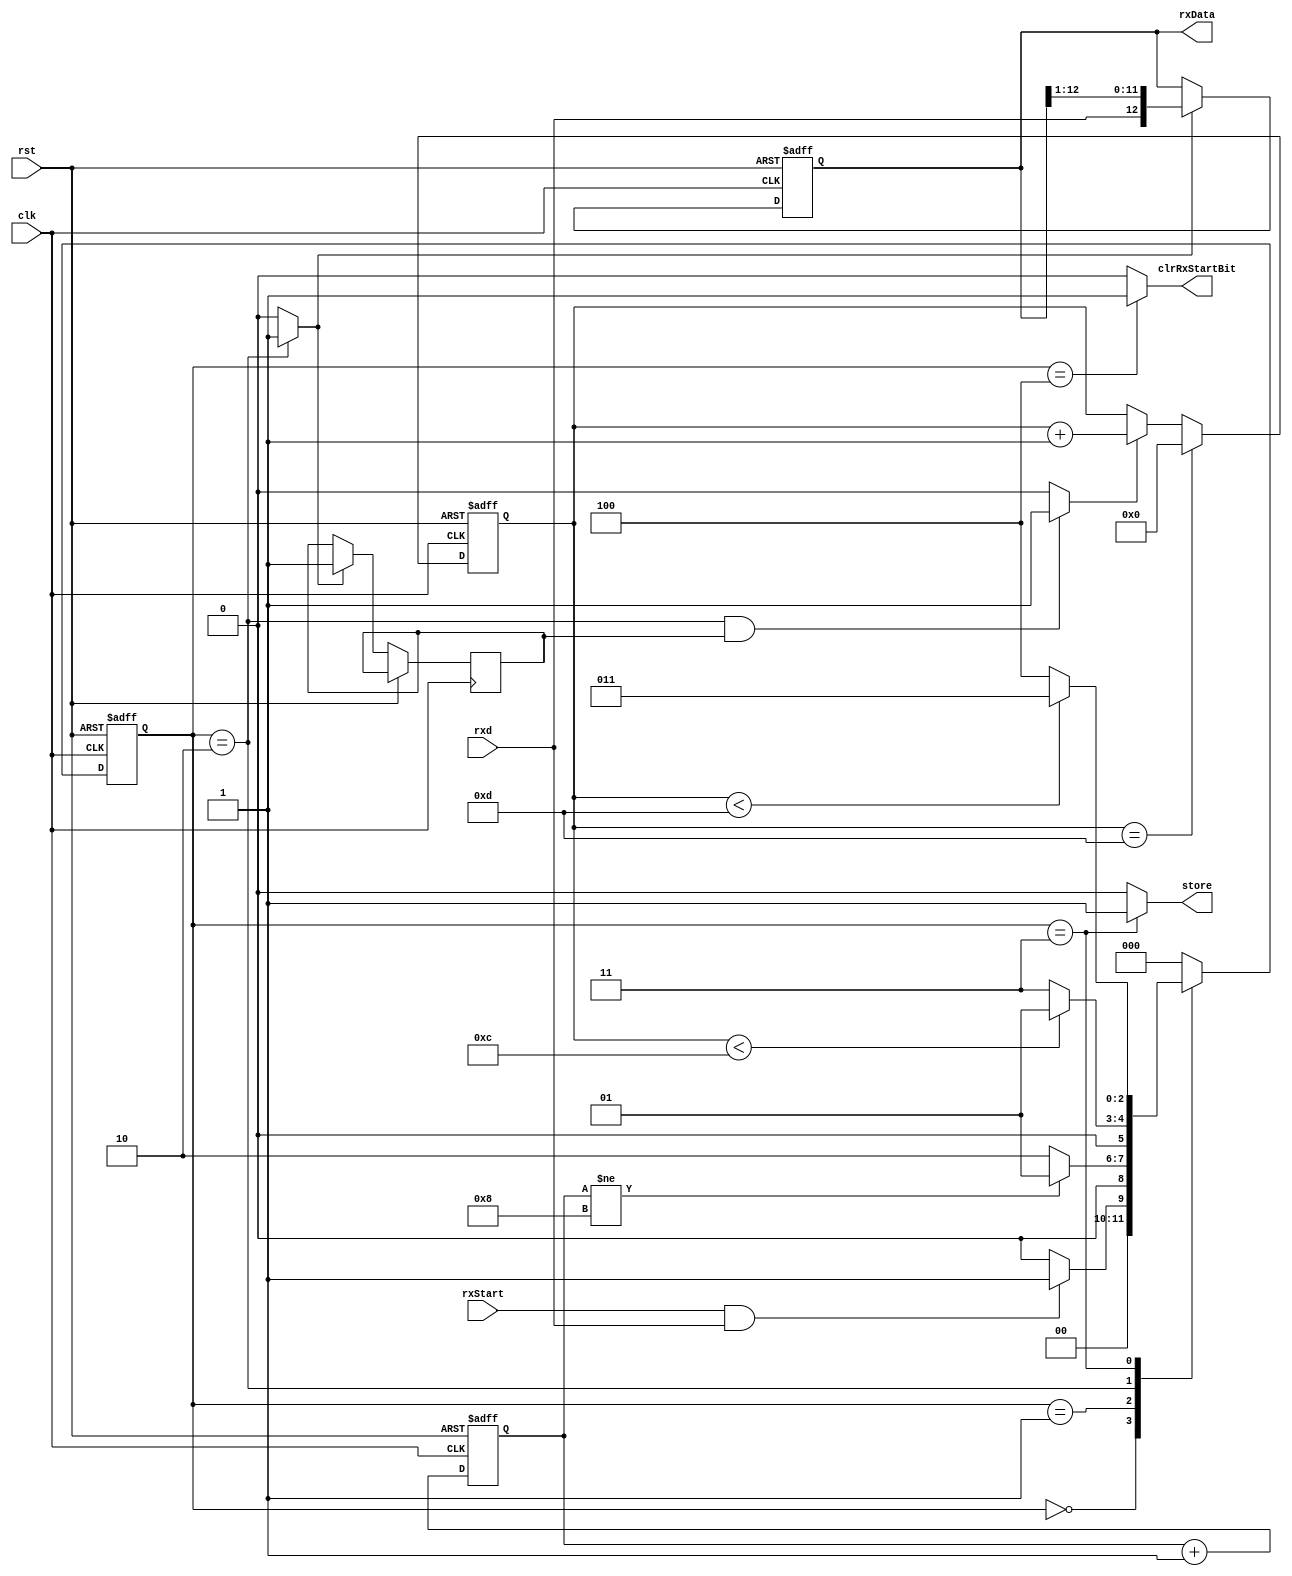
`timescale 1us/100ns
module uart_rx (rxStart, clk, rst, rxd, clrRxStartBit, store, rxData);
input rxd;
input rxStart;
input rst;
input clk;
output [12:0] rxData;
output clrRxStartBit;
output store;
wire rxShiftEn;
wire bitCountEn;
//wire count8en;
wire count16en;
reg [3:0] rxBitCount;
reg [3:0] count16;
//reg [2:0] count8;
reg [12:0] rxShiftReg;
reg[2:0] state,next_state;
reg flag=1'b0;
/////// Below code is for Receiver Shift Register /////////
always@(posedge clk or posedge rst)
begin
if(rst)
rxShiftReg<=13'h1FFF;
else if(rxShiftEn)
begin
rxShiftReg[12:0]<={rxd,rxShiftReg[12:1]};
flag=1'b1;
end
end
//////////////// Bit Counter Code /////////////////
always@(posedge clk or posedge rst)
begin
if(rst)
rxBitCount<=0;
else if (rxBitCount == 13)
rxBitCount<=0;
else if (bitCountEn)
rxBitCount<= rxBitCount + 1;
end
//////////////// wait for 15 Counter Code /////////////////
always@(posedge clk or posedge rst)
begin
if(rst)
 count16 <= 0;
else 
 count16 <= count16 + 1;
end
parameter
 s0 = 3'd0,
 s1 = 3'd1,
 s2 = 3'd2,
 s3 = 3'd3,
 s4 = 3'd4;
always@(posedge clk or posedge rst)
begin
if(rst)
state <=s0;
else
state <= next_state;
end
always@*
begin
next_state = 0;
case(state)
s0:
begin
if (rxStart&&rxd)
next_state = s1;
else
next_state = s0;
end
s1:
begin
if (count16 != 8)
next_state = s1;
else
next_state = s2;
end
s2:
begin
if (rxBitCount< 12)
next_state = s1;
else
next_state = s3;
end
s3:
begin
if (rxBitCount< 13)
next_state = s3;
else
next_state = s4;
end
s4:
next_state = s0;
endcase
end
//////// Control Signal Generation ////////////
assign count16en = (state == s1) ? 1:0;
assign bitCountEn = (state == s2 && flag) ? 1:0;
assign rxShiftEn = (state == s2) ? 1:0;
assign store = (state == s3) ? 1:0;
assign clrRxStartBit = (state == s4) ? 1:0;
assign rxData = rxShiftReg;
endmodule